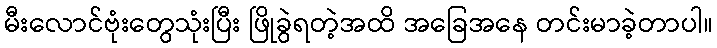
မီးလောင်ဗုံးတွေသုံးပြီး ဖြိုခွဲရတဲ့အထိ အခြေအနေ တင်းမာခဲ့တာပါ။